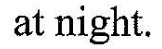
at night.